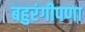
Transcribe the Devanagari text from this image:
बहुरंगीपणा